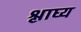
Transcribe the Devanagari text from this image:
श्लाघ्य